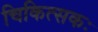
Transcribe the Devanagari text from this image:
चिकित्सकः